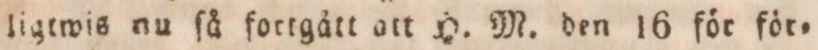
ligtwis nu ſå fortgått att H. M. den 16 för för=